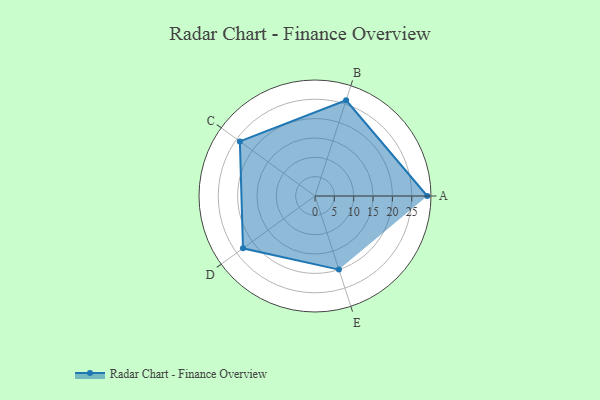
{"axis": {"x": "Skill", "y": "Score"}, "legend": ["Profile"], "data": [{"x": "A", "y": 29.0, "type": "Profile"}, {"x": "B", "y": 26.0, "type": "Profile"}, {"x": "C", "y": 24.0, "type": "Profile"}, {"x": "D", "y": 23.0, "type": "Profile"}, {"x": "E", "y": 20, "type": "Profile"}]}